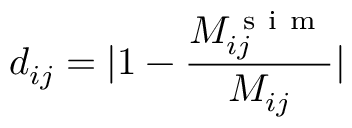
d _ { i j } = | 1 - \frac { M _ { i j } ^ { \mathrm { ~ s ~ i ~ m ~ } } } { M _ { i j } } |